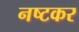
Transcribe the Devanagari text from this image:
नष्टकर